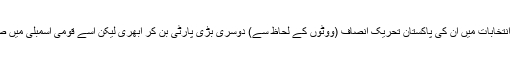
11 مئی 2013 ء کے عام انتخابات میں اُن کی پاکستان تحریکِ انصاف (ووٹوں کے لحاظ سے) دوسری بڑی پارٹی بن کر اُبھری لیکن اُسے قومی اسمبلی میں صِرف 35 نشستیں مِل سکیں۔